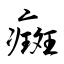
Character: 癍